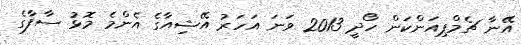
އޭނާ ޗެމްޕިއަންކަން ހޯދީ 2013 ވަނަ އަހަރު އޭޝިއާގެ އެންމެ މޮޅު ސާފާގެ